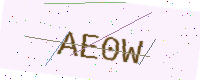
Text: AE0W